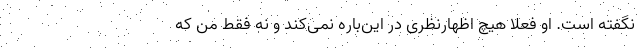
نگفته است. او فعلا هیچ اظهارنظری در این‌باره نمی‌کند و نه فقط من که